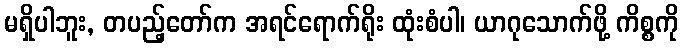
မရှိပါဘူး, တပည့်တော်က အရင်ရောက်ရိုး ထုံးစံပါ၊ ယာဂုသောက်ဖို့ ကိစ္စကို